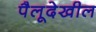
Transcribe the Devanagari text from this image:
पैलूदेखील